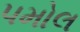
પમોલ